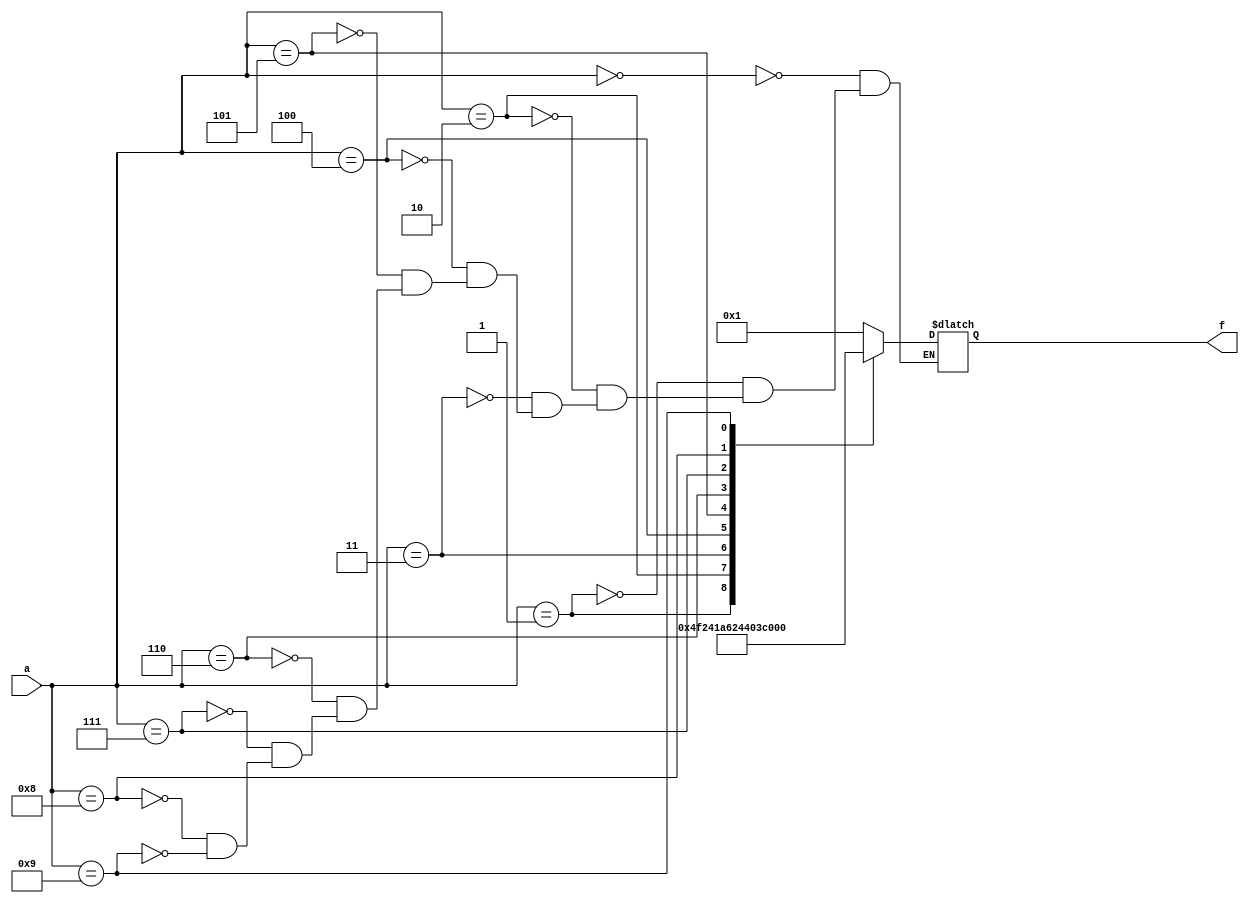
module top(f, a);	//bcd to 7segment decoder
						//** the design is for ACTIVE LOW 7 segment
/*
7 segment view
	----a----		Pin		Segment
   |         |		1		e
   |         |		2		d
   f         b		3		common anode
   |         |		4		c
    ----g----		5		dot point
   |         |		6		b
   e         c		7		a
   |         |		8		common anode
   |         |		9		f
    ----d----		10		g
    
    =====================================
            OUTPUT OF THIS CODE
    =====================================
    f[6] = a	f[5] = b	f[4] = c
    f[3] = d	f[2] = e	f[1] = f
				f[0]= g
*/
	input [3:0] a; //bcd number
	output [6:0] f;
	reg [6:0] f;
	always@(*)
	begin
		case (a)
			0: f = 7'b0000001;
			1: f = 7'b1001111;
			2: f = 7'b0010010;
			3: f = 7'b0000110;
			4: f = 7'b1001100;
			5: f = 7'b0100100;
			6: f = 7'b0100000;
			7: f = 7'b0001111;
			8: f = 7'b0000000;
			9: f = 7'b0000100;
		endcase
	end
endmodule